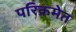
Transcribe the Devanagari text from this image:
परिक्रमेत